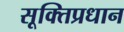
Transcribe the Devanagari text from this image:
सूक्तिप्रधान